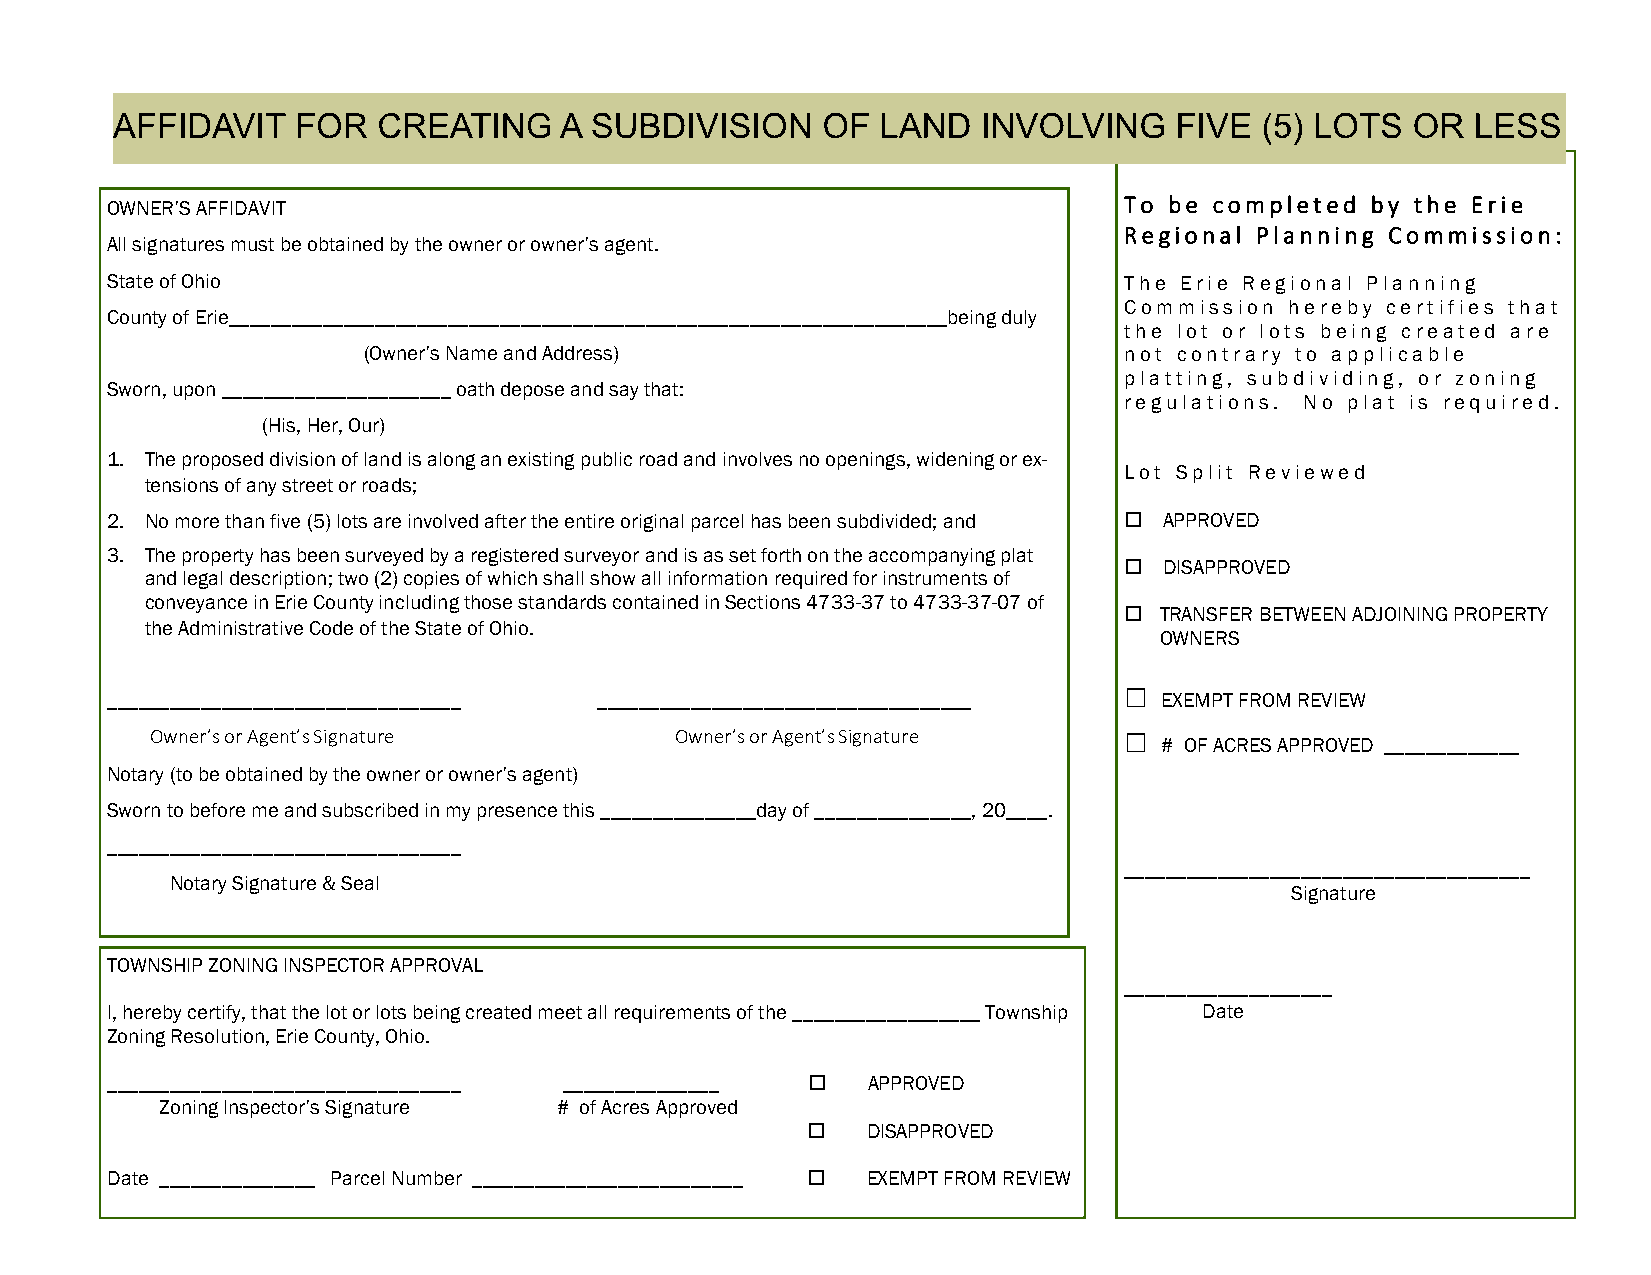
OWNER’S AFFIDAVIT                                                  To be completed  by the Erie
 Regional Planning Commission:
 All signatures must be obtained by the owner or owner’s agent.
 State of Ohio                                                      The Erie Regional Planning
 Commission hereby certifies that
 County of Erie_____________________________________________________________________being duly
 the lot or lots being created are
 (Owner’s Name and Address)                        not contrary to applicable
 platting, subdividing, or zoning
 Sworn, upon ______________________ oath depose and say that:
 regulations. No plat is required.
 (His, Her, Our)
 1. The proposed division of land is along an existing public road and involves no openings, widening or ex-
 Lot Split Reviewed
 tensions of any street or roads;
 2. No more than five (5) lots are involved after the entire original parcel has been subdivided; and APPROVED
 3. The property has been surveyed by a registered surveyor and is as set forth on the accompanying plat
   DISAPPROVED
 and legal description; two (2) copies of which shall show all information required for instruments of
 conveyance in Erie County including those standards contained in Sections 4733-37 to 4733-37-07 of
   TRANSFER BETWEEN ADJOINING PROPERTY
 the Administrative Code of the State of Ohio.
 OWNERS
 □
 __________________________________ ____________________________________ EXEMPT FROM REVIEW
 Owner’s or Agent’s Signature       Owner’s or Agent’s Signature
 □
 # OF ACRES APPROVED _____________
 Notary (to be obtained by the owner or owner’s agent)
 Sworn to before me and subscribed in my presence this _______________day of _______________, 20____.
 __________________________________
 _______________________________________
 Notary Signature & Seal
 Signature
 TOWNSHIP ZONING INSPECTOR APPROVAL
 ____________________
 I, hereby certify, that the lot or lots being created meet all requirements of the __________________ Township Date
 Zoning Resolution, Erie County, Ohio.
 __________________________________ _______________ APPROVED
 Zoning Inspector’s Signature # of Acres Approved
 DISAPPROVED
 Date _______________ Parcel Number __________________________  EXEMPT FROM REVIEW